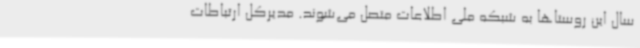
سال این روستاها به شبکه ملی اطلاعات متصل می‌شوند. مدیرکل ارتباطات